Papers set at the Examination for Leaving Certificates, 1895
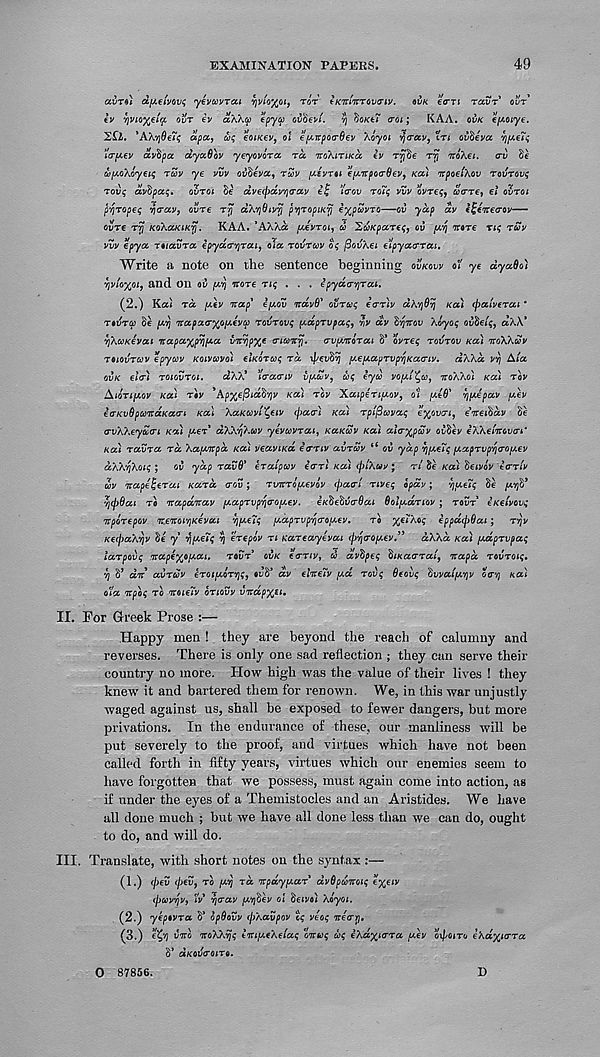
EXAMINATION PAPERS.
49
aura* d[/.€ivov<; yevcovrou vjvio'/fii, tot tKitiTtrova-iv. tin eort ravr out*
€v yvour iv aWa epya ovcievi. v) tioKti a-oi; KAA. ovk efAOiye.
'E£l. 'AXvjOeTq apcc, coq eoiKev, ol e[AitpocrGev Xoyoi v}<tccv 9 in ovticva vj/JieTq
"o-pev avbpct dyoiOov yeyovoTa rd iroXinKa. iv Tvjfie tt} noXei. crv Se
tofAoXoyeiq tuv ye vvv ovfieva, rZv [J.evt*i e^Ttpoa-0ev 9 kcu itpoeiXav rovrovq
Tovq avtipaq. ovtoi Se dve(pdv/i<rav ei; i' <rov rotq vvv ovreq 9 wcrre, el ovroi
p'fjTopeq ri<rav 9 ovre rrj ctXYiOivrj pYiTopiKfj e^pcavTO—oit yap dv i^eTcecrov—
ovre Ty KoXaKiKV). KAA. ’AXXa [A€Vtoi 9 u 'EaKpareq, ov [/.V) Trore nq tuv
vvv epya T«/aura epydcr'/)Tai 9 ola tovtccv oq fiovAei e^pyacrrai.
Write a note on the sentence beginning ovkow of ye dyaOo)
vjvioxoi, and On oil (AV) nore nq . . . ipyaa-’/jrai.
(2.) Ka* rd y.tv nap' e[xov vrdvO' ovruq ea-nv dk'/jOvj ku) (pa'iverai *
tovtcc Se /xoj napaa-yfii^eva) rovrovq pdprvpaq, v\v dv hvjnov Xoyoq ovdeiq, aX\'
vjXcoKevat napa^pvjfjia vicvjp%e a-uanv). crv^norai h' ovreq tovtov tea) noXkuv
tiovtccv epywv Koivavo'i etKoraq rd xpevfiyj f^efxapTvp^Kaa-iv. dXXd vv) Ala
ovk ehr) toiovtoi. dW* ’leramv v^Zv 9 uq eyu vo^i^co, iroWo) kcu tov
Aioti[/,ov koi tov ’Ap^efiidd'/jv Ka) tov XaipeTiy.ov 9 oi peO' vj/Aepav fxev
eeKvOpconaKao-i Ka\ XaKcavt^eiv (pan Ka) Tpifiavaq ey / ova-i 9 enreiWti) Be
(TvXXeyZon Ka) per' dXXvjXuv yevuVTai, kukSv Ka) al<r%pav ovtiev eXXei'irovoV
ko) TavTa Ta Xaf^npa Ka) veaviKa e<ttiv avTwv “ ov ydp vjf^eTq i/.apTvp'S)<ro[Aev
dXX'/jXoiq ; ov ydp Tav$' eralpav eern Ka) (ptXuv; n'tie Ka) deivov i<rTiv
uv napeijeTai KaTa <rov; TwtTO[/.evov (pairl Tiveq opdv; vjfAeiq Be fc^B*
v)<p6ai to napdnav [^apTvp'fi<ro^ev. eKtietivcrOai Qolpanov; tout eKelvovq
npoTepov nenoivjKevat Yipuq f^apTvp^cro^ev. re %€iXoq ippdcpdai; tv\v
KecpaXvjv tie y ypieTq v) eTepov ti KaTeayevai (pycrofAev.” dXXd Ka) [JidpTvpaq
laTpovq nape^oiAai. tovt ovk eVr/y, do dvtipeq tiiKa<TTai 9 napd TOVTOiq.
V) B’ dn avTuv eT0t{A0TV)q 9 ovti’ av elneiv [Aa Tovq Oeovq tivvaifAYjv 6(r/) Ka)
ola npoq to noieiv otiovv vndp%tt.
II. For Greek Prose :—
Happy men ! they are beyond the reach of calumny and
reverses. There is only one sad reflection ; they can serve their
country no more. How high was the value of their lives ! they
knew it and bartered them for renown. We, in this war unjustly
waged against us, shall be exposed to fewer dangers, but more
privations. In the endurance of these, our manliness will be
put severely to the proof, and virtues which have not been
called forth in fifty years, virtues which our enemies seem to
have forgotten that we possess, must again come into action, as
if under the eyes of a Themistocles and an Aristides. We have
all done much ; but we have all done less than we can do, ought
to do, and will do.
III. Translate, with short notes on the syntax:—
(1.) (pev (pev 9 to fAV) rd npdyfAUT dvOpunoiq eyjeiv
(poovvjv 9 Iv vjcrav [AVjtiev ol tieivo) Xoyoi,
(2.) y'epevTa B* opdovv (pXavpov cq veoq nea-Y).
(3.)
vno noXXvjq ivtifAeXeiaq muq doq eXa^icrTa [acv oipoiro eXa^iTTa
B’ aKOlJVOlTO.
0 87856.
D